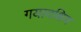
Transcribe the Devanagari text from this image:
गयादक्षिण